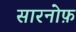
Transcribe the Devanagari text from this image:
सारनोफ़